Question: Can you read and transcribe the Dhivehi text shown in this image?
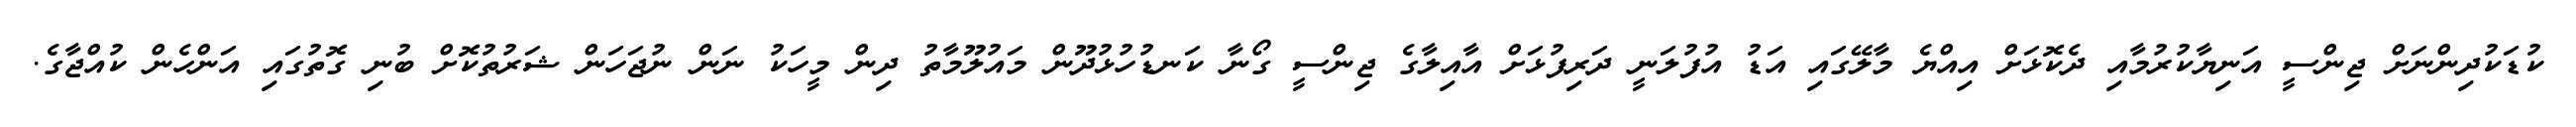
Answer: ކުޑަކުދިންނަށް ޖިންސީ އަނިޔާކުރުމާއި ދެކޮޅަށް އިއްޔެ މާލޭގައި އަޑު އުފުލަނީ ދަރިފުޅަށް އާއިލާގެ ޖިންސީ ގޯނާ ކަނޑުހުޅުދޫން މައުލޫމާތު ދިން މީހަކު ނަން ނުޖަހަން ޝަރުތުކޮށް ބުނި ގޮތުގައި އަންހެން ކުއްޖާގެ.